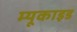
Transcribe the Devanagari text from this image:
म्यूकाइड